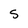
Character: S